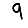
Digit: 9